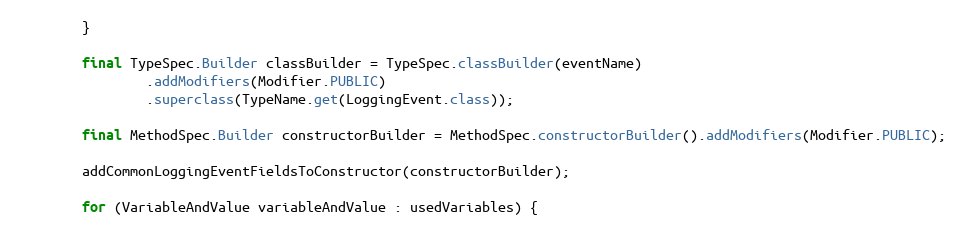
Language: Java
        }

        final TypeSpec.Builder classBuilder = TypeSpec.classBuilder(eventName)
                .addModifiers(Modifier.PUBLIC)
                .superclass(TypeName.get(LoggingEvent.class));

        final MethodSpec.Builder constructorBuilder = MethodSpec.constructorBuilder().addModifiers(Modifier.PUBLIC);

        addCommonLoggingEventFieldsToConstructor(constructorBuilder);

        for (VariableAndValue variableAndValue : usedVariables) {